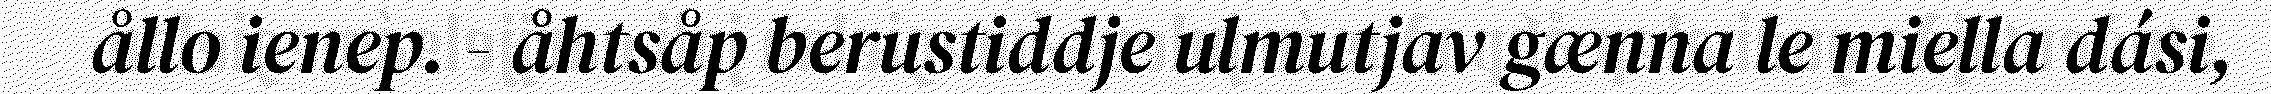
ållo ienep. - åhtsåp berustiddje ulmutjav gænna le miella dási,